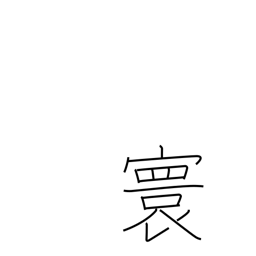
Meaning: imperial domain